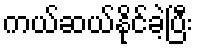
ကယ်ဆယ်နိုင်ခဲ့ပြီး